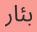
بئار